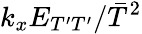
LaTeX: k_{x}E_{T^{\prime}T^{\prime}}/\bar{T}^{2}